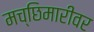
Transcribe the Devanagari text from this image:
मच्छिमारीवर